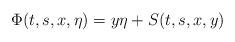
LaTeX: \begin{align*}\Phi(t,s,x,\eta)=y\eta+S(t,s,x,y)\end{align*}